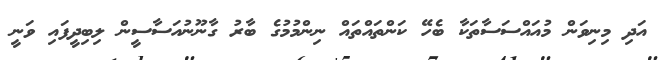
އަދި މިނިވަން މުއައްސަސާތަކާ ބެހޭ ކަންތައްތައް ނިންމުމުގެ ބާރު ގާނޫނުއަސާސީން ލިބިދީފައި ވަނީ